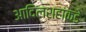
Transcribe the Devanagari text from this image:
आदिलशहांकडे